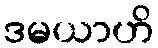
ဒမယာဟိ